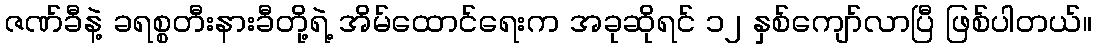
ဇဏ်ခီနဲ့ ခရစ္စတီးနားခီတို့ရဲ့ အိမ်ထောင်ရေးက အခုဆိုရင် ၁၂ နှစ်ကျော်လာပြီ ဖြစ်ပါတယ်။